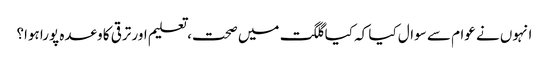
انہوں نے عوام سے سوال کیا کہ کیا گلگت میں صحت، تعلیم اور ترقی کا وعدہ پورا ہوا؟